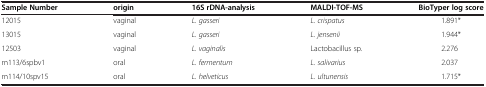
<table><thead><tr><td><b>Sample Number</b></td><td><b>origin</b></td><td><b>16S rDNA-analysis</b></td><td><b>MALDI-TOF-MS</b></td><td><b>BioTyper log score</b></td></tr></thead><tbody><tr><td>12015</td><td>vaginal</td><td><i>L. gasseri</i></td><td><i>L. crispatus</i></td><td>1.891*</td></tr><tr><td>13015</td><td>vaginal</td><td><i>L. gasseri</i></td><td><i>L. jensenii</i></td><td>1.944*</td></tr><tr><td>12503</td><td>vaginal</td><td><i>L. vaginalis</i></td><td>Lactobacillus sp<i>.</i></td><td>2.276</td></tr><tr><td>m113/6spbv1</td><td>oral</td><td><i>L. fermentum</i></td><td><i>L. salivarius</i></td><td>2.037</td></tr><tr><td>m114/10spv15</td><td>oral</td><td><i>L. helveticus</i></td><td><i>L. ultunensis</i></td><td>1.715*</td></tr></tbody></table>